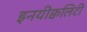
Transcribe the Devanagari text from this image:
इनयीक्वलिटी